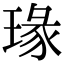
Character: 瑑